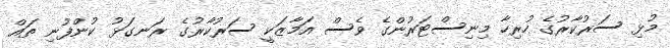
މުޅި ސަރުކާރުގެ ހުރިހާ މިނިސްޓަރުންގެ ވެސް އަމާޒަކީ ސަރުކާރުގެ ރަނގަޅު ކުންފުނި ތައް